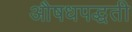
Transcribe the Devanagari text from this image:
औषधपद्धती